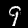
Label: 9